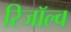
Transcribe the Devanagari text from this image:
रिजॉल्व